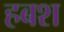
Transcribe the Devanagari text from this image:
हबश